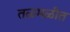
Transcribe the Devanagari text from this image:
तळमळीत